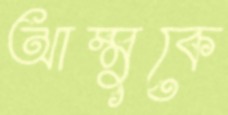
আম্মুকে